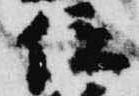
位